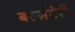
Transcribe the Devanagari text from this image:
बस्सेटेर्री